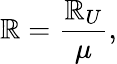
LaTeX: \mathbb{R}=\frac{{\mathbb{R}_{U}}}{{\mu}},